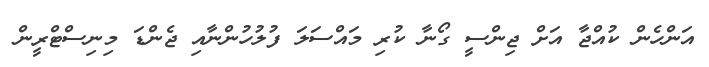
އަންހެން ކުއްޖާ އަަށް ޖިންސީ ގޯނާ ކުރި މައްސަލަ ފުލުހުންނާއި ޖެންޑަ މިނިސްޓްރީން